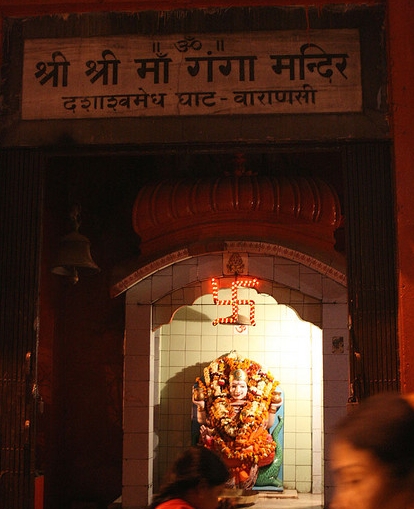
Language: hindi
Transcription: मन्दिर गंगा माँ श्री श्री घाट वाराणसी दशाश्वमेध